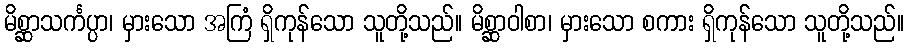
မိစ္ဆာသင်္ကပ္ပာ၊ မှားသော အကြံ ရှိကုန်သော သူတို့သည်။ မိစ္ဆာဝါစာ၊ မှားသော စကား ရှိကုန်သော သူတို့သည်။